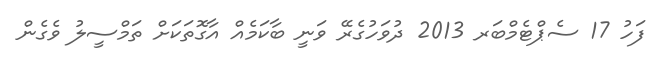
ފަހު 17 ސެޕްޓެމްބަރ 2013 ދުވަހުގެރޭ ވަނީ ބާކަމެއް އާގޮތަކަށް ތަމްސީލު ވެގެން